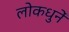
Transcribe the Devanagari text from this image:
लोकधुनें